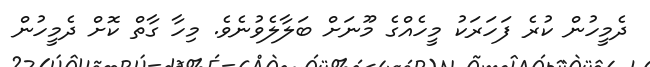
ދެމީހުން ކުރެ ފަހަރަކު މީހެއްގެ މޫނަށް ބަލާލެވުނެވެ. މިހާ ގާތް ކޮށް ދެމީހުން